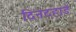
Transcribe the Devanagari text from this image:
दिनदह़ाडे